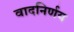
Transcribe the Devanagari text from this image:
वादनिर्णय